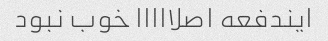
ایندفعه اصلااااا خوب نبود